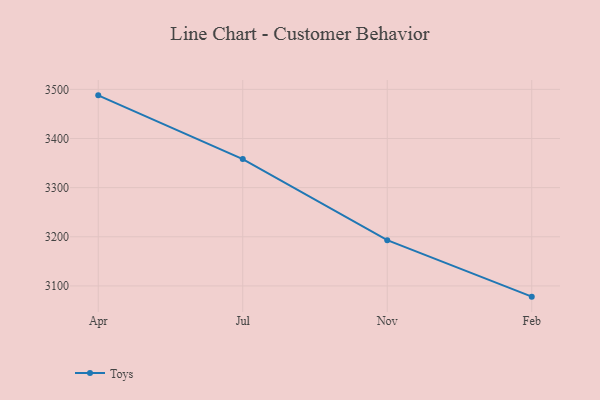
{"axis": {"x": "Month", "y": "LTV (USD)"}, "legend": ["Toys"], "data": [{"x": "Apr", "y": 3487.8, "type": "Toys"}, {"x": "Jul", "y": 3358.1, "type": "Toys"}, {"x": "Nov", "y": 3193.1, "type": "Toys"}, {"x": "Feb", "y": 3078.2, "type": "Toys"}]}